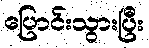
ပြောင်းသွားပြီး